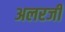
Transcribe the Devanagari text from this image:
अलरजी